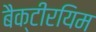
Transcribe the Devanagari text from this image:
बैक्टीरयिम